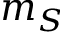
m _ { S }